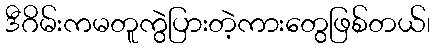
ဒီဂိမ်းကမတူကွဲပြားတဲ့ကားတွေဖြစ်တယ်၊